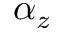
\alpha _ { z }